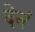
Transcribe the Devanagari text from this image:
देनं